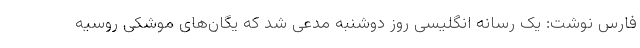
فارس نوشت: یک رسانه انگلیسی روز دوشنبه مدعی شد که یگان‌های موشکی روسیه